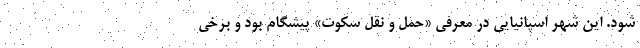
شود. این شهر اسپانیایی در معرفی «حمل و نقل سکوت» پیشگام بود و برخی